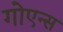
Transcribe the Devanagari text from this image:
गोएन्स